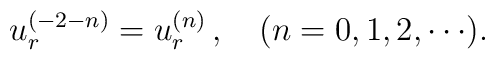
u^{(-2-n)}_r = u^{(n)}_r\,, \quad(n=0,1,2,\cdots).